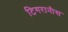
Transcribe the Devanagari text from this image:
टिगरानीस